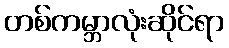
တစ်ကမ္ဘာလုံးဆိုင်ရာ